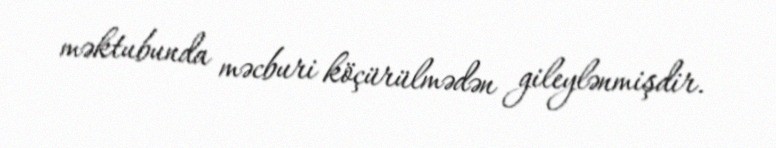
məktubunda məcburi köçürülmədən gileylənmişdir.